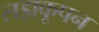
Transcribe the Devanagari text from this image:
लड़ाकूपन